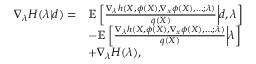
\begin{array} { r l } { \nabla _ { \lambda } H ( \lambda | d ) = } & { \mathbb { E } \left[ \frac { \nabla _ { \lambda } h ( X , \phi ( X ) , \nabla _ { x } \phi ( X ) , \dots ; \lambda ) } { q ( X ) } \middle | d , \lambda \right] } \\ & { - \mathbb { E } \left[ \frac { \nabla _ { \lambda } h ( X , \phi ( X ) , \nabla _ { x } \phi ( X ) , \dots ; \lambda ) } { q ( X ) } \middle | \lambda \right] } \\ & { + \nabla _ { \lambda } H ( \lambda ) , } \end{array}